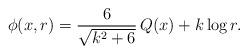
LaTeX: \begin{align*}\phi(x,r)={6\over \sqrt{k^2+6}}\,Q(x)+k\log{r}.\end{align*}